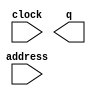
// megafunction wizard: %ROM: 1-PORT%VBB%
// GENERATION: STANDARD
// VERSION: WM1.0
// MODULE: altsyncram 

// ============================================================
// Megafunction Name(s):
// 			altsyncram
//
// Simulation Library Files(s):
// 			altera_mf
// ============================================================
// ************************************************************
// THIS IS A WIZARD-GENERATED FILE. DO NOT EDIT THIS FILE!
//
// 13.1.0 Build 162 10/23/2013 SJ Full Version
// ************************************************************

//Copyright (C) 1991-2013 Altera Corporation
//Your use of Altera Corporation's design tools, logic functions 
//and other software and tools, and its AMPP partner logic 
//functions, and any output files from any of the foregoing 
//(including device programming or simulation files), and any 
//associated documentation or information are expressly subject 
//to the terms and conditions of the Altera Program License 
//Subscription Agreement, Altera MegaCore Function License 
//Agreement, or other applicable license agreement, including, 
//without limitation, that your use is for the sole purpose of 
//programming logic devices manufactured by Altera and sold by 
//Altera or its authorized distributors.  Please refer to the 
//applicable agreement for further details.

module romramka (
	address,
	clock,
	q);

	input	[13:0]  address;
	input	  clock;
	output	[7:0]  q;
`ifndef ALTERA_RESERVED_QIS
// synopsys translate_off
`endif
	tri1	  clock;
`ifndef ALTERA_RESERVED_QIS
// synopsys translate_on
`endif

endmodule

// ============================================================
// CNX file retrieval info
// ============================================================
// Retrieval info: PRIVATE: ADDRESSSTALL_A NUMERIC "0"
// Retrieval info: PRIVATE: AclrAddr NUMERIC "0"
// Retrieval info: PRIVATE: AclrByte NUMERIC "0"
// Retrieval info: PRIVATE: AclrOutput NUMERIC "0"
// Retrieval info: PRIVATE: BYTE_ENABLE NUMERIC "0"
// Retrieval info: PRIVATE: BYTE_SIZE NUMERIC "8"
// Retrieval info: PRIVATE: BlankMemory NUMERIC "0"
// Retrieval info: PRIVATE: CLOCK_ENABLE_INPUT_A NUMERIC "0"
// Retrieval info: PRIVATE: CLOCK_ENABLE_OUTPUT_A NUMERIC "0"
// Retrieval info: PRIVATE: Clken NUMERIC "0"
// Retrieval info: PRIVATE: IMPLEMENT_IN_LES NUMERIC "0"
// Retrieval info: PRIVATE: INIT_FILE_LAYOUT STRING "PORT_A"
// Retrieval info: PRIVATE: INIT_TO_SIM_X NUMERIC "0"
// Retrieval info: PRIVATE: INTENDED_DEVICE_FAMILY STRING "Cyclone V"
// Retrieval info: PRIVATE: JTAG_ENABLED NUMERIC "0"
// Retrieval info: PRIVATE: JTAG_ID STRING "NONE"
// Retrieval info: PRIVATE: MAXIMUM_DEPTH NUMERIC "0"
// Retrieval info: PRIVATE: MIFfilename STRING "G:/Project_ser/output_files/ramka.hex"
// Retrieval info: PRIVATE: NUMWORDS_A NUMERIC "16384"
// Retrieval info: PRIVATE: RAM_BLOCK_TYPE NUMERIC "0"
// Retrieval info: PRIVATE: RegAddr NUMERIC "1"
// Retrieval info: PRIVATE: RegOutput NUMERIC "1"
// Retrieval info: PRIVATE: SYNTH_WRAPPER_GEN_POSTFIX STRING "0"
// Retrieval info: PRIVATE: SingleClock NUMERIC "1"
// Retrieval info: PRIVATE: UseDQRAM NUMERIC "0"
// Retrieval info: PRIVATE: WidthAddr NUMERIC "14"
// Retrieval info: PRIVATE: WidthData NUMERIC "8"
// Retrieval info: PRIVATE: rden NUMERIC "0"
// Retrieval info: LIBRARY: altera_mf altera_mf.altera_mf_components.all
// Retrieval info: CONSTANT: ADDRESS_ACLR_A STRING "NONE"
// Retrieval info: CONSTANT: CLOCK_ENABLE_INPUT_A STRING "BYPASS"
// Retrieval info: CONSTANT: CLOCK_ENABLE_OUTPUT_A STRING "BYPASS"
// Retrieval info: CONSTANT: INIT_FILE STRING "G:/Project_ser/output_files/ramka.hex"
// Retrieval info: CONSTANT: INTENDED_DEVICE_FAMILY STRING "Cyclone V"
// Retrieval info: CONSTANT: LPM_HINT STRING "ENABLE_RUNTIME_MOD=NO"
// Retrieval info: CONSTANT: LPM_TYPE STRING "altsyncram"
// Retrieval info: CONSTANT: NUMWORDS_A NUMERIC "16384"
// Retrieval info: CONSTANT: OPERATION_MODE STRING "ROM"
// Retrieval info: CONSTANT: OUTDATA_ACLR_A STRING "NONE"
// Retrieval info: CONSTANT: OUTDATA_REG_A STRING "CLOCK0"
// Retrieval info: CONSTANT: WIDTHAD_A NUMERIC "14"
// Retrieval info: CONSTANT: WIDTH_A NUMERIC "8"
// Retrieval info: CONSTANT: WIDTH_BYTEENA_A NUMERIC "1"
// Retrieval info: USED_PORT: address 0 0 14 0 INPUT NODEFVAL "address[13..0]"
// Retrieval info: USED_PORT: clock 0 0 0 0 INPUT VCC "clock"
// Retrieval info: USED_PORT: q 0 0 8 0 OUTPUT NODEFVAL "q[7..0]"
// Retrieval info: CONNECT: @address_a 0 0 14 0 address 0 0 14 0
// Retrieval info: CONNECT: @clock0 0 0 0 0 clock 0 0 0 0
// Retrieval info: CONNECT: q 0 0 8 0 @q_a 0 0 8 0
// Retrieval info: GEN_FILE: TYPE_NORMAL romramka.v TRUE
// Retrieval info: GEN_FILE: TYPE_NORMAL romramka.inc FALSE
// Retrieval info: GEN_FILE: TYPE_NORMAL romramka.cmp FALSE
// Retrieval info: GEN_FILE: TYPE_NORMAL romramka.bsf TRUE
// Retrieval info: GEN_FILE: TYPE_NORMAL romramka_inst.v FALSE
// Retrieval info: GEN_FILE: TYPE_NORMAL romramka_bb.v TRUE
// Retrieval info: LIB_FILE: altera_mf